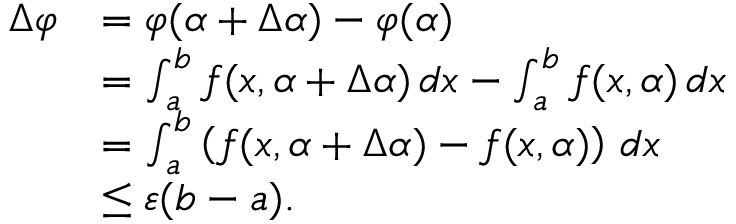
{ \begin{array} { r l } { \Delta \varphi } & { = \varphi ( \alpha + \Delta \alpha ) - \varphi ( \alpha ) } \\ & { = \int _ { a } ^ { b } f ( x , \alpha + \Delta \alpha ) \, d x - \int _ { a } ^ { b } f ( x , \alpha ) \, d x } \\ & { = \int _ { a } ^ { b } \left( f ( x , \alpha + \Delta \alpha ) - f ( x , \alpha ) \right) \, d x } \\ & { \leq \varepsilon ( b - a ) . } \end{array} }